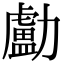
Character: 㔧